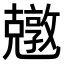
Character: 𠓎